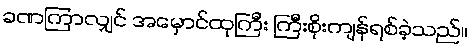
ခဏကြာလျှင် အမှောင်ထုကြီး ကြီးစိုးကျန်ရစ်ခဲ့သည်။